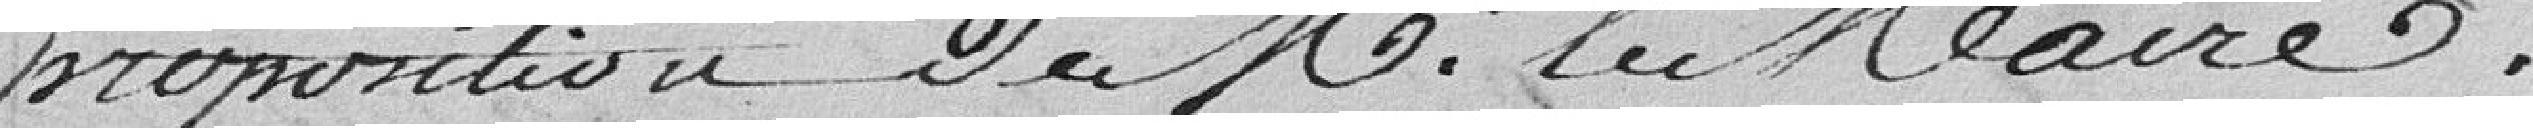
proposition de Monsieur le Maire.